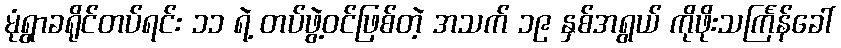
မုံရွာခရိုင်တပ်ရင်း ၁၁ ရဲ့ တပ်ဖွဲ့ဝင်ဖြစ်တဲ့ အသက် ၁၉ နှစ်အရွယ် ကိုဖိုးသင်္ကြန်ခေါ်